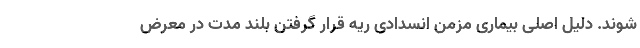
شوند. دلیل اصلی بیماری مزمن انسدادی ریه قرار گرفتن بلند مدت در معرض